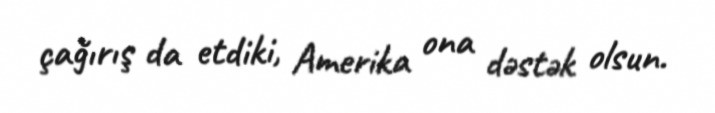
çağırış da etdiki, Amerika ona dəstək olsun.